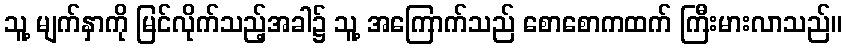
သူ့ မျက်နှာကို မြင်လိုက်သည့်အခါ၌ သူ့ အကြောက်သည် စောစောကထက် ကြီးမားလာသည်။